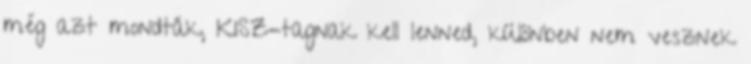
még azt mondták, KISZ-tagnak kell lenned, különben nem vesznek